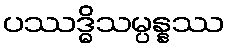
ပဿဒ္ဓိသမ္ပန္နဿ